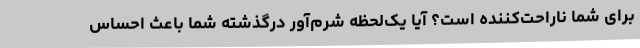
برای شما ناراحت‌کننده است؟ آیا یک‌لحظه شرم‌آور درگذشته شما باعث احساس